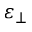
\varepsilon _ { \perp }